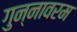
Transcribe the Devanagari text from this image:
गुन्नावरम